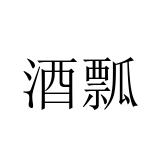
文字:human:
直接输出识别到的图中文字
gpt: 酒瓢